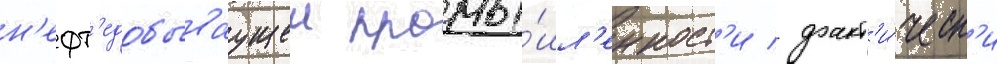
н'ефт'едобываущеи промы́шл'енност'и / факт'и́ческ'и